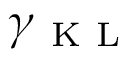
\gamma _ { \mathrm { ~ K ~ L ~ } }